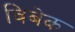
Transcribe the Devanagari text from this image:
विबेक